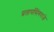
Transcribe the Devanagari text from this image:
प्रतापसिंगराजे